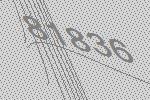
81836